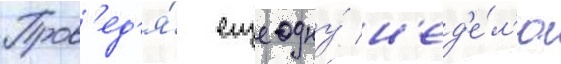
Пров'ед'я́ еще одну́ н'ед'е́л'ю